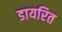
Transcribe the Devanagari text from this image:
डायरित